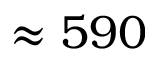
\approx 5 9 0